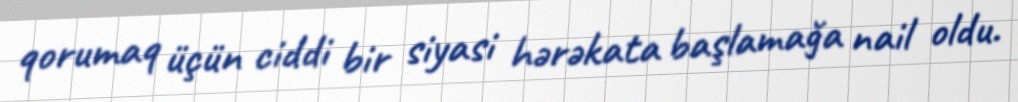
qorumaq üçün ciddi bir siyasi hərəkata başlamağa nail oldu.